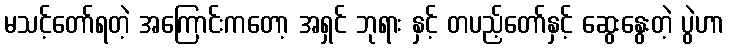
မသင့်တော်ရတဲ့ အကြောင်းကတော့ အရှင် ဘုရား နှင့် တပည့်တော်နှင့် ဆွေးနွေးတဲ့ ပွဲဟာ